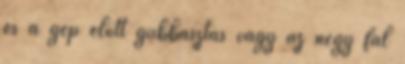
és a gép elõtt gubbasztás vagy az négy fal